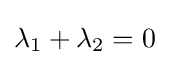
\lambda _{1}+\lambda _{2}=0